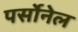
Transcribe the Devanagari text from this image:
पर्सोनेल